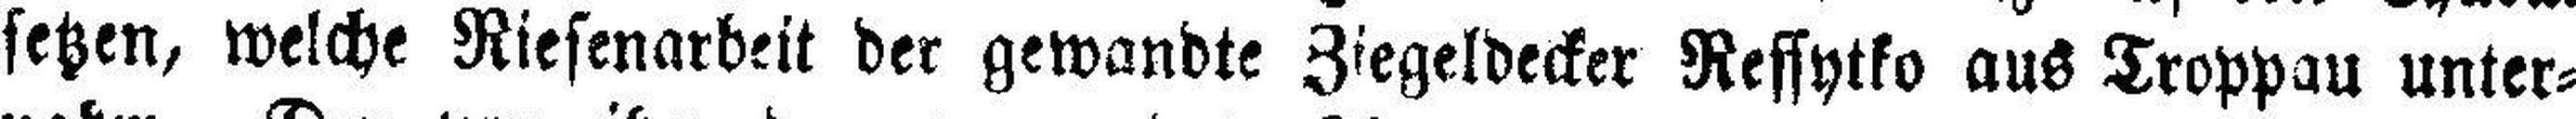
setzen, welche Riesenarbeit der gewandt Ziegeldecker Ressytko aus Troppau unter¬